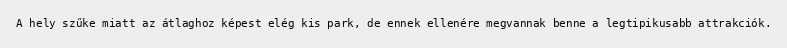
A hely szűke miatt az átlaghoz képest elég kis park, de ennek ellenére megvannak benne a legtipikusabb attrakciók.